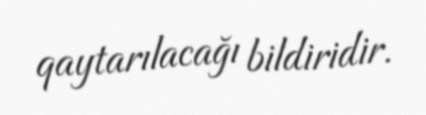
qaytarılacağı bildiridir.